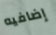
إضافيه